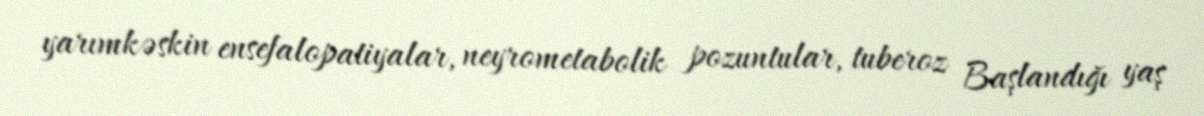
yarımkəskin ensefalopatiyalar, neyrometabolik pozuntular, tuberoz Başlandığı yaş